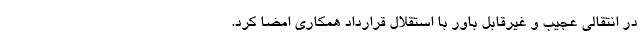
در انتقالی عجیب و غیرقابل باور با استقلال قرارداد همکاری امضا کرد.